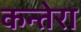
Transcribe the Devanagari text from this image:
कन्तेरा